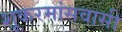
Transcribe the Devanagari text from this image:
शूकरमांसवासी